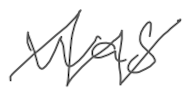
Text: was
Cross-out: zig-zag
Writing tool: digital_gray